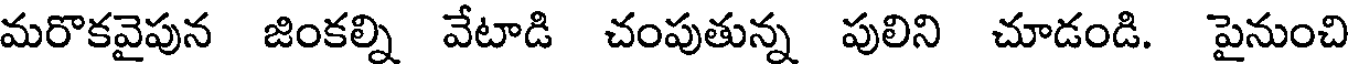
మరొకవైపున జింకల్ని వేటాడి చంపుతున్న పులిని చూడండి. పైనుంచి